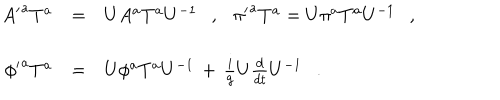
\begin{array} { r c l } { { { A ^ { \prime } } ^ { a } T ^ { a } } } & { { = } } & { { U A ^ { a } T ^ { a } U ^ { - 1 } \ \ \ , \ \ \ { \pi ^ { \prime } } ^ { a } T ^ { a } = U \pi ^ { a } T ^ { a } U ^ { - 1 } \ \ \ , } } \\ { { { \phi ^ { \prime } } ^ { a } T ^ { a } } } & { { = } } & { { U \phi ^ { a } T ^ { a } U ^ { - 1 } \, + \, \frac { i } { g } U \frac { d } { d t } U ^ { - 1 } \ \ \ . } } \\ \end{array}